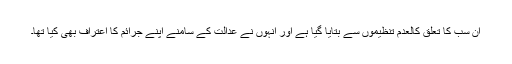
ان سب کا تعلق کالعدم تنظیموں سے بتایا گیا ہے اور انہوں نے عدالت کے سامنے اپنے جرائم کا اعتراف بھی کیا تھا۔